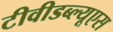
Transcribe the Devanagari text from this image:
टीवीडब्ल्यूएस